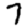
Digit: 7